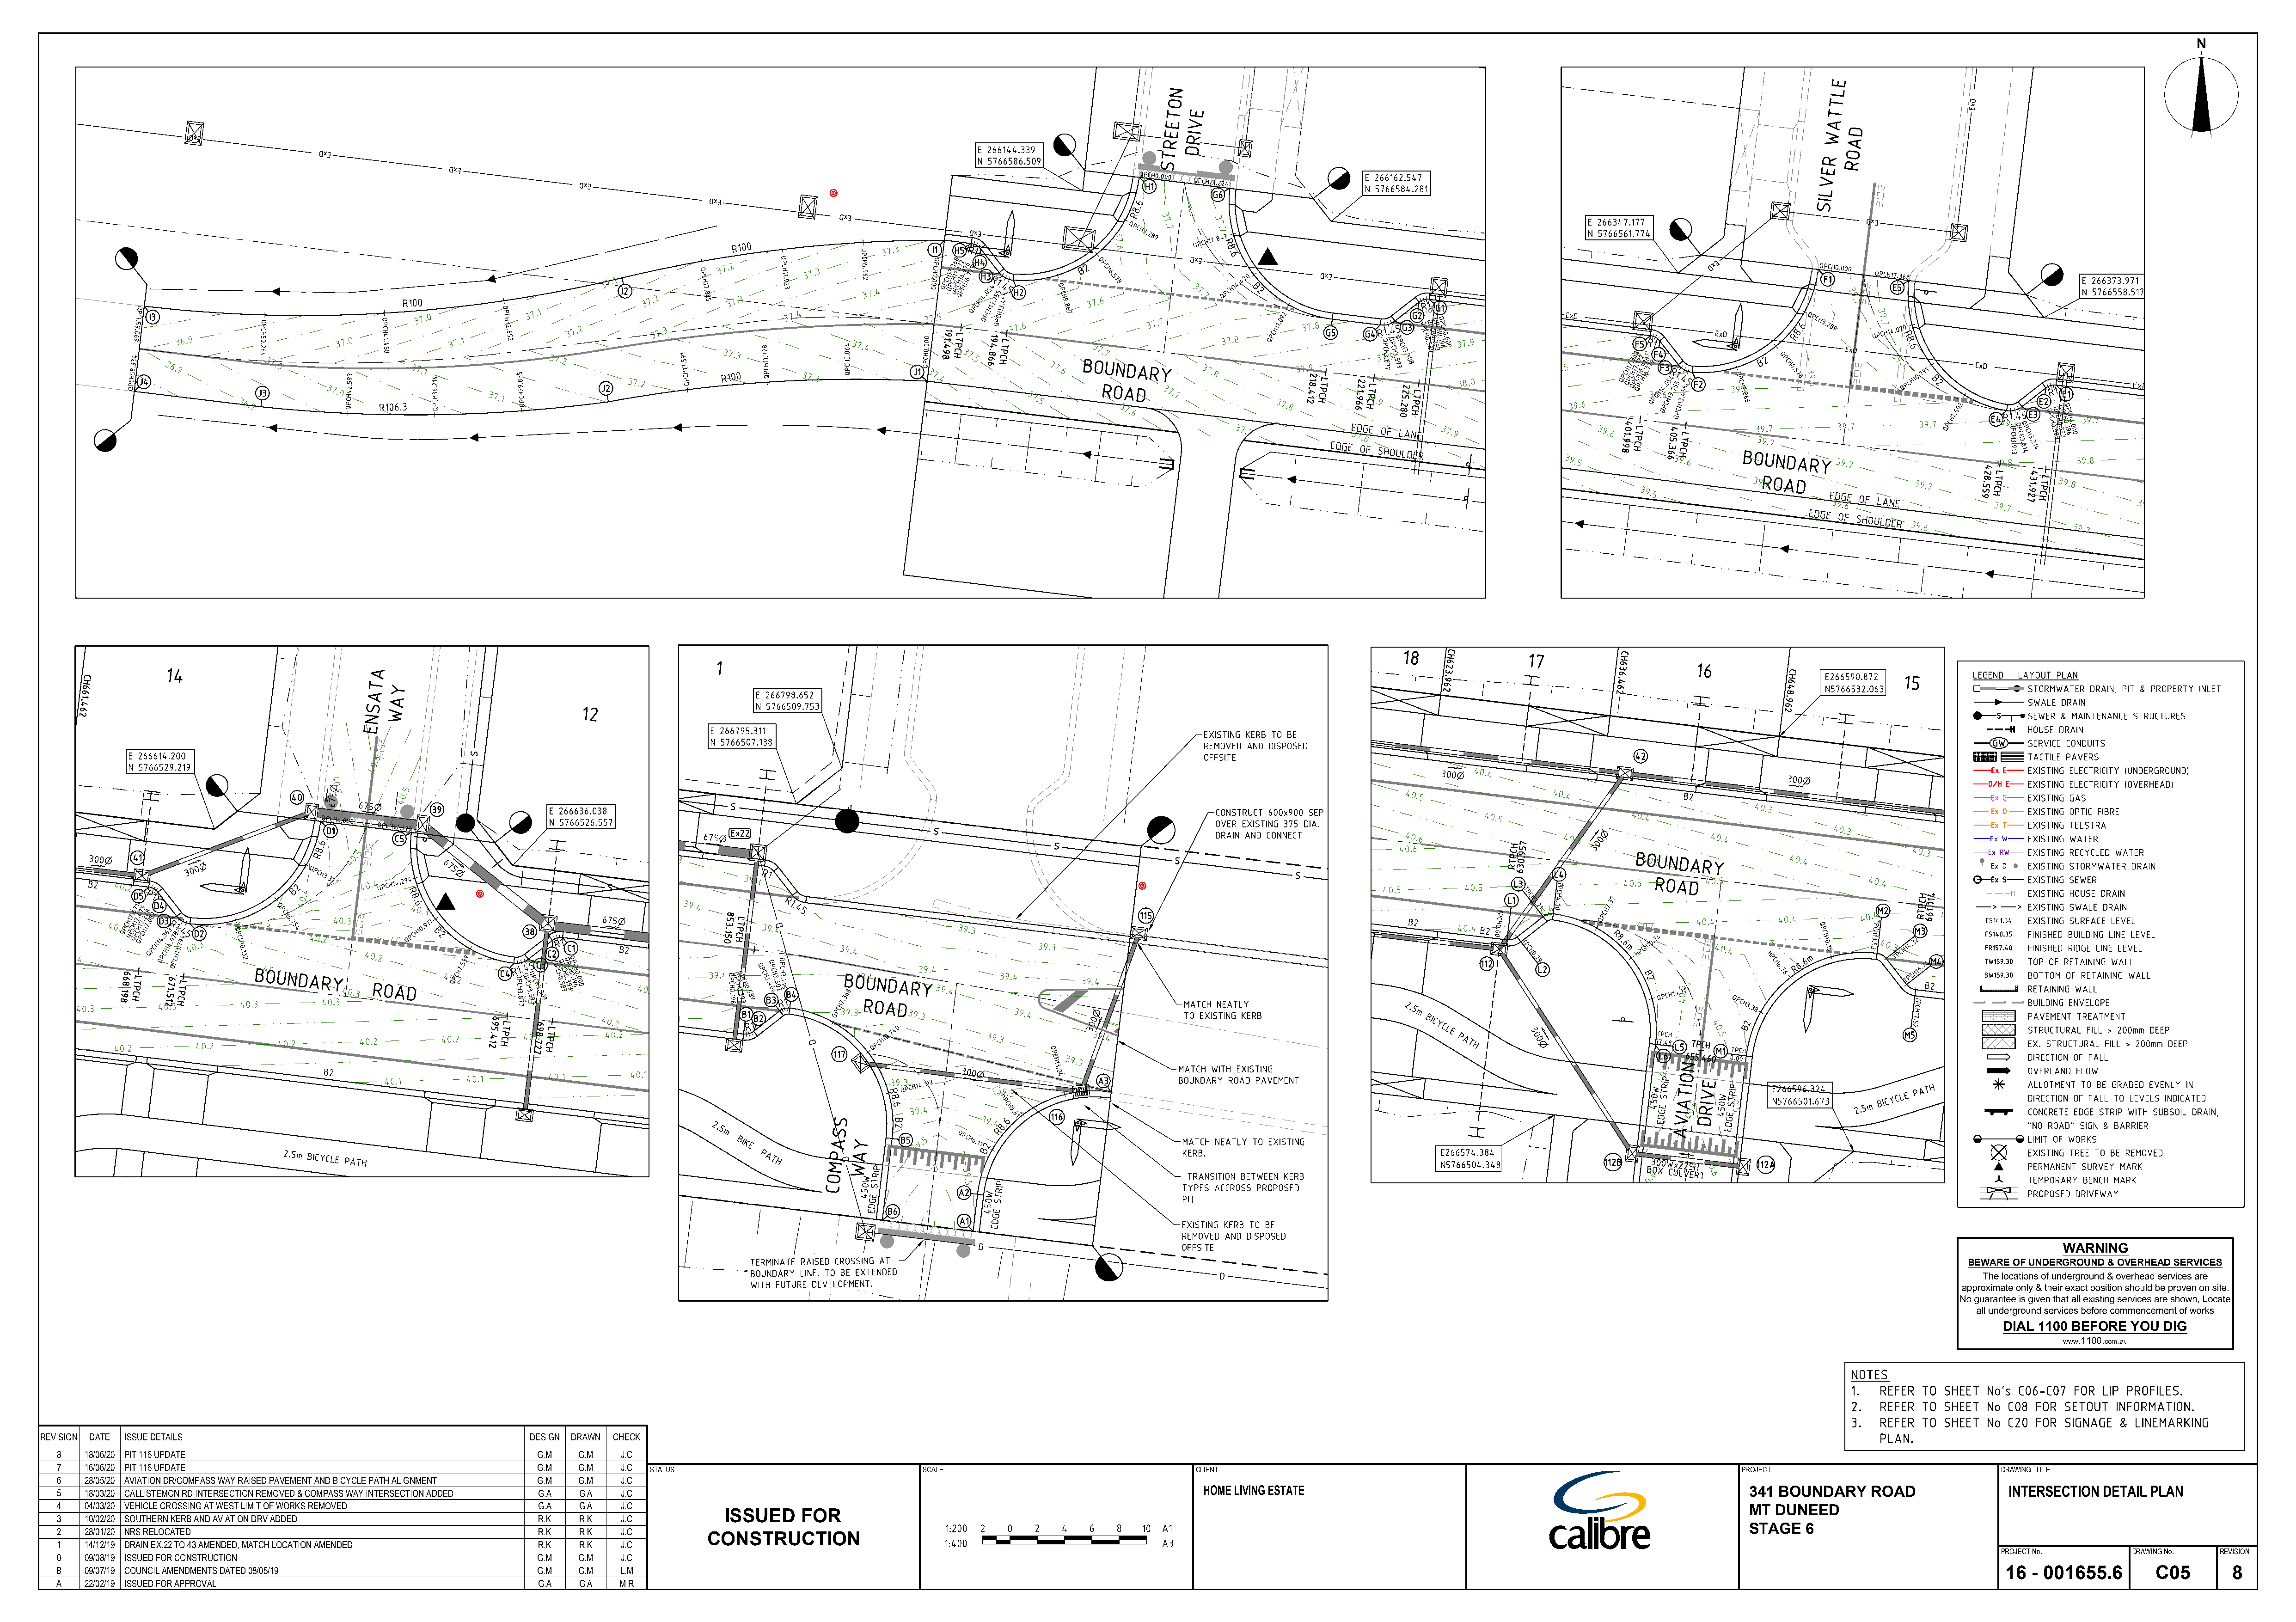
N
 WARNING
 BEWARE OF UNDERGROUND & OVERHEAD SERVICES
 The locations of underground & overhead services are
 approximate only & their exact position should be proven on site.
 No guarantee is given that all existing services are shown. Locate
 all underground services before commencement of works
 DIAL 1100 BEFORE  YOU  DIG
 www.1100.com.au
 REVISION DATE ISSUE DETAILS                                           DESIGN DRAWN CHECK
 8   18/06/20 PIT 116 UPDATE                                          G.M   G.M   J.C
 7   16/06/20 PIT 116 UPDATE                                          G.M   G.M   J.C
 STATUS                                 SCALE                                  CLIENT                                                                        PROJECT                               DRAWING TITLE
 6   28/05/20 AVIATION DR/COMPASS WAY RAISED PAVEMENT AND BICYCLE PATH ALIGNMENT G.M G.M J.C
 HOME LIVING ESTATE                                                            341  BOUNDARY     ROAD                INTERSECTION   DETAIL PLAN
 5   18/03/20 CALLISTEMON RD INTERSECTION REMOVED & COMPASS WAY INTERSECTION ADDED G.A G.A J.C
 4   04/03/20 VEHICLE CROSSING AT WEST LIMIT OF WORKS REMOVED         G.A   G.A   J.C                                                                                                                                                              MT  DUNEED
 ISSUED     FOR
 3   10/02/20 SOUTHERN KERB AND AVIATION DRV ADDED                    R.K   R.K   J.C
 STAGE    6
 2   28/01/20 NRS RELOCATED                                           R.K   R.K   J.C         CONSTRUCTION
 1   14/12/19 DRAIN EX.22 TO 43 AMENDED, MATCH LOCATION AMENDED       R.K   R.K   J.C
 PROJECT No.       DRAWING No.  REVISION
 0   09/08/19 ISSUED FOR CONSTRUCTION                                 G.M   G.M   J.C
 B   09/07/19 COUNCIL AMENDMENTS DATED 08/05/19                       G.M   G.M   L.M                                                                                                                                                                                                   16  - 001655.6        C05        8
 A   22/02/19 ISSUED FOR APPROVAL                                     G.A   G.A   M.R